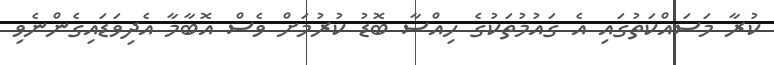
ކުރާ މަސައްކަތުގައި އެ ގައުމުތަކުގެ ހިއްސާ ބޮޑު ކުރުމަށް ވެސް އޮބާމާ އެދިވަޑައިގެންނެވި